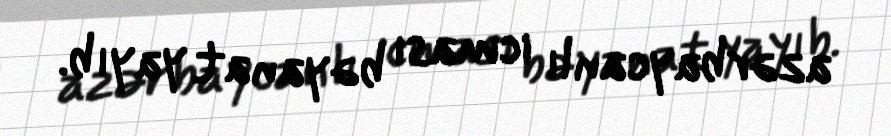
azərbaycanlı icması bəyanat yayıb.